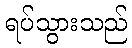
ရပ်သွားသည်